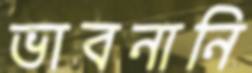
ভাবনানি